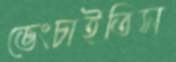
ভেংচাইতিস